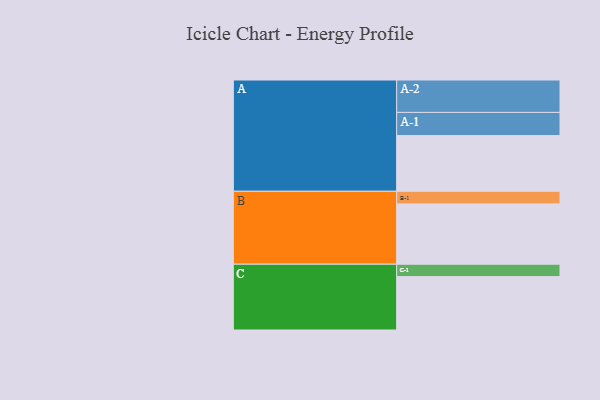
{"axis": {"x": "Segment", "y": "Value"}, "legend": ["", "A", "B", "C"], "data": [{"x": "A", "y": 507, "type": ""}, {"x": "B", "y": 549, "type": ""}, {"x": "C", "y": 486, "type": ""}, {"x": "A-1", "y": 211, "type": "A"}, {"x": "A-2", "y": 295, "type": "A"}, {"x": "B-1", "y": 115, "type": "B"}, {"x": "C-1", "y": 113, "type": "C"}]}